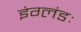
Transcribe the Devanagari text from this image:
इंग्लंडः